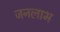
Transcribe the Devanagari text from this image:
जनलाभ